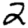
Digit: 2